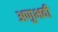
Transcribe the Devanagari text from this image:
अणुभवी